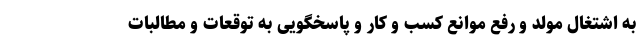
به اشتغال مولد و رفع موانع کسب و کار و پاسخگویی به توقعات و مطالبات